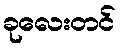
ခုလေးတင်